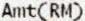
AMT(RM)